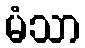
မံသာ